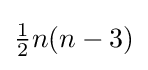
{\tfrac {1}{2}}n(n-3)